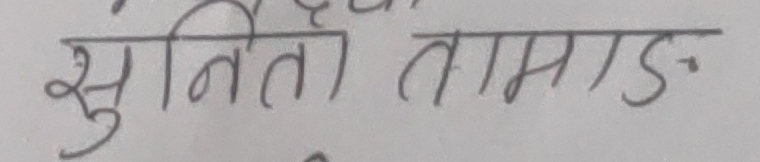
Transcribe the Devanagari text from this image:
सुनिता तामाङ